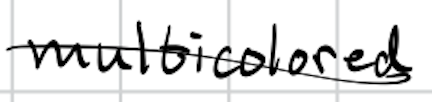
Text: multicolored
Cross-out: diagonal
Writing tool: digital_black